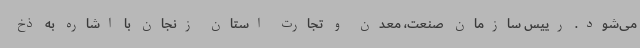
می‌شود. رییس سازمان صنعت، معدن و تجارت استان زنجان با اشاره به ذخ